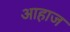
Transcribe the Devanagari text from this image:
आहाज